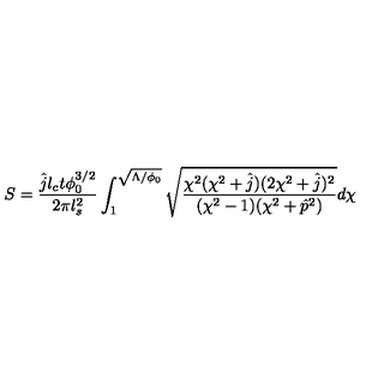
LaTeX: S = \frac { \hat { j } l _ { c } t \phi _ { 0 } ^ { 3 / 2 } } { 2 \pi l _ { s } ^ { 2 } } \int _ { 1 } ^ { \sqrt { \Lambda / \phi _ { 0 } } } \sqrt { \frac { \chi ^ { 2 } ( \chi ^ { 2 } + \hat { j } ) ( 2 \chi ^ { 2 } + \hat { j } ) ^ { 2 } } { ( \chi ^ { 2 } - 1 ) ( \chi ^ { 2 } + \hat { p } ^ { 2 } ) } } d \chi